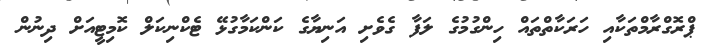
ޕްރޮގްރާމްތަކާއި ހަރަކާތްތައް ހިންގުމުގެ ލަފާ ގެވެށި އަނިޔާގެ ކަންކަމާގުޅޭ ޓެކްނިކަލް ކޮމިޓީއަށް ދިނުން